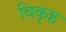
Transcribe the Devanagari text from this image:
विकृष्ठ